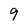
Character: 9